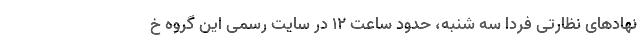
نهادهای نظارتی فردا سه شنبه، حدود ساعت ۱۲ در سایت رسمی این گروه خ